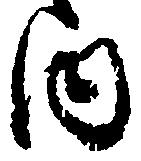
内